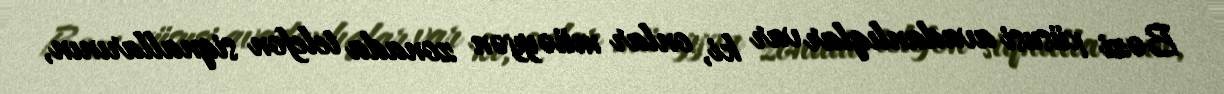
Bəzi xüsusi avadanlıqlar var ki, onlar müəyyən zonada telefon siqnallarının,